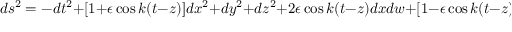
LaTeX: d s ^ { 2 } = - d t ^ { 2 } + [ 1 + \epsilon \cos k ( t - z ) ] d x ^ { 2 } + d y ^ { 2 } + d z ^ { 2 } + 2 \epsilon \cos k ( t - z ) d x d w + [ 1 - \epsilon \cos k ( t - z ) ] d w ^ { 2 }